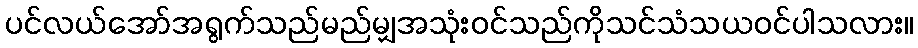
ပင်လယ်အော်အရွက်သည်မည်မျှအသုံးဝင်သည်ကိုသင်သံသယဝင်ပါသလား။